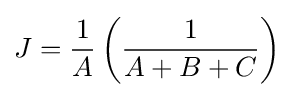
J={\frac {1}{A}}\left({\frac {1}{A+B+C}}\right)